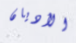
الأديان